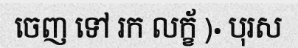
ចេញ ទៅ រក លក្ខ័ )· បុរស